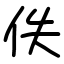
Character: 佚